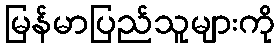
မြန်မာပြည်သူများကို